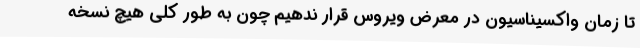
تا زمان واکسیناسیون در معرض ویروس قرار ندهیم چون به طور کلی هیچ نسخه